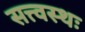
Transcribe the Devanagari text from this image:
सत्त्वस्थः